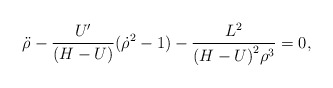
\begin{align*}{\ddot \rho} - {U'\over (H-U)}({\dot \rho}^{2} - 1)-{L^{2} \over {{(H-U)}^{2}\rho^{3}}} = 0,\end{align*}